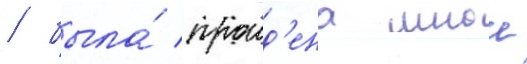
/ была́ проид'ена мнои